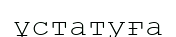
ұстатуға